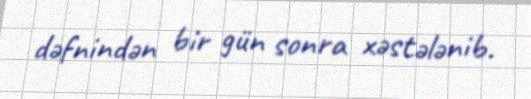
dəfnindən bir gün sonra xəstələnib.